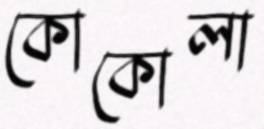
কোকোলা